Medical and sanitary report of the native army of Bengal for the year
Year: 1875
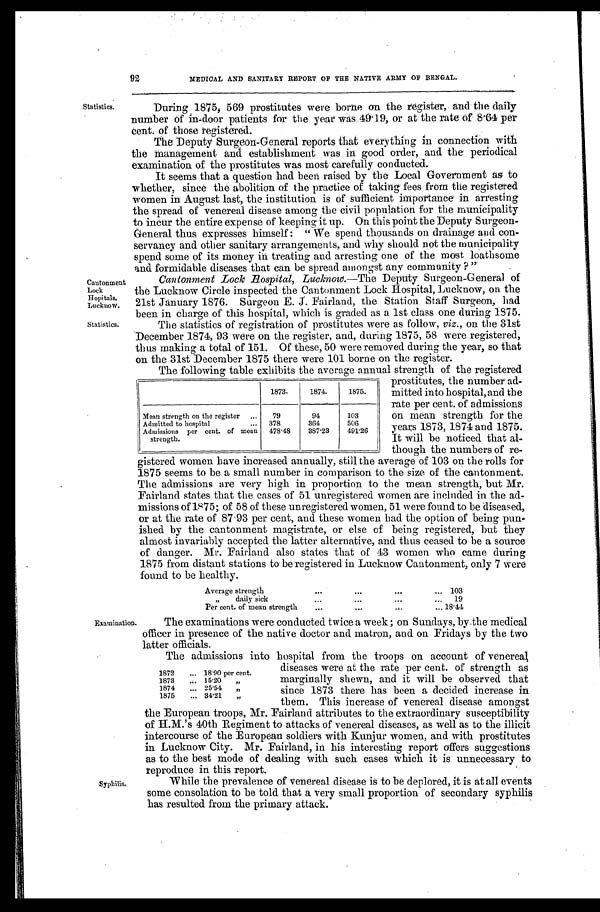
92
MEDICAL AND SANITARY REPORT OF THE NATIVE ARMY OF BENGAL.
Statistics.
Cantonment
Lock
Hopitals,
Lucknow.
Statistics.
During 1875, 569 prostitutes were borne on the register, and the daily
number of in-door patients for the year was 49.19, or at the rate of 8.64 per
cent. of those registered.
The Deputy Surgeon-General reports that everything in connection with
the management and establishment was in good order, and the periodical
examination of the prostitutes was most carefully conducted.
It seems that a question had been raised by the Local Government as to
whether, since the abolition of the practice of taking fees from the registered
women in August last, the institution is of sufficient importance in arresting
the spread of venereal disease among the civil population for the municipality
to incur the entire expense of keeping it up. On this point the Deputy Surgeon
-General thus expresses himself: "We spend thousands on drainage and con
-servancy and other sanitary arrangements, and why should not the municipality
spend some of its money in treating and arresting one of the most loathsome
and formidable diseases that can be spread amongst any community ?"
Cantonment Lock Hospital, Lucknow.—The Deputy Surgeon-General of
the Lucknow Circle inspected the Cantonment Lock Hospital, Lucknow, on the
21st January 1876. Surgeon E. J. Fairland, the Station Staff Surgeon, had
been in charge of this hospital, which is graded as a 1st class one during 1875.
The statistics of registration of prostitutes were as follow, viz., on the 31st
December 1874, 93 were on the register, and, during 1875, 58 were registered,
thus making a total of 151. Of these, 50 were removed during the year, so that
on the 31st December 1875 there were 101 borne on the register.
The following table exhibits the average annual strength of the registered
prostitutes, the number ad
-mitted into hospital, and the
rate per cent. of admissions
on mean strength for the
years 1873, 1874 and 1875.
It will be noticed that al
-though the numbers of re
- g i s t e r e d w o m e n h a v e i n c r e a s e d a n n u a l l y , s t i l l t h e a v e r a g e o f 1 0 3 o n t h e r o l l s f o r
1875 seems to be a small number in comparison to the size of the cantonment.
The admissions are very high in proportion to the mean strength, but Mr.
Fairland states that the cases of 51 unregistered women are included in the ad
- m i s s i o n s o f 1 8 7 5 ; o f 5 8 o f t h e s e u n r e g i s t e r e d w o m e n , 5 1 w e r e f o u n d t o b e d i s e a s e d ,
or at the rate of 87.93 per cent, and these women had the option of being pun
- i s h e d b y t h e c a n t o n m e n t m a g i s t r a t e , o r e l s e o f b e i n g r e g i s t e r e d , b u t t h e y
almost invariably accepted the latter alternative, and thus ceased to be a source
of danger. Mr. Fairland also states that of 43 women who came during
1875 from distant stations to be registered in Lucknow Cantonment, only 7 were
found to be healthy.
1873.
1874.
1875.
Mean strength on the register . . .
79
94
103
Admitted to hospital . . .
378
364
506
Admissions per cent. of mean
strength.
478.48
387.23
491.26
Average strength . . . 103
" daily sick . . .
19
Per cent. of mean strength . . . 18.44
Examination.
Syphilis.
The examinations were conducted twice a week; on Sundays, by the medical
officer in presence of the native doctor and matron, and on Fridays by the two
latter officials.
The admissions into hospital from the troops on account of venereal,
diseases were at the rate per cent. of strength as
marginally shewn, and it will be observed that
since 1873 there has been a decided increase in
them. This increase of venereal disease amongst
the European troops, Mr. Fairland attributes to the extraordinary susceptibility
of H.M.'s 40th Regiment to attacks of venereal diseases, as well as to the illicit
intercourse of the European soldiers with Kunjur women, and with prostitutes
in Lucknow City. Mr. Fairland, in his interesting report offers suggestions
as to the best mode of dealing with such cases which it is unnecessary to
reproduce in this report.
While the prevalence of venereal disease is to be deplored, it is at all events
some consolation to be told that a very small proportion of secondary syphilis
has resulted from the primary attack.
1872 . . . 18.90 per cent.
1873 . . . 15.20 "
1874 . . . 25.54 "
1875 . . . 34.21 "